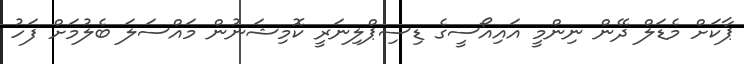
ޕާކަށް މެޑަލް ދޭން ނިންމީ އައިއޯސީގެ ޑިސިޕްލިނަރީ ކޮމިޝަނުން މައްސަލަ ބެލުމަށް ފަހު